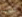
حررت